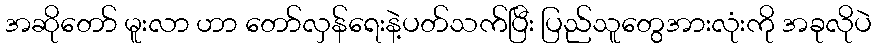
အဆိုတော် မူးလာ ဟာ တော်လှန်ရေးနဲ့ပတ်သက်ပြီး ပြည်သူတွေအားလုံးကို အခုလိုပဲ